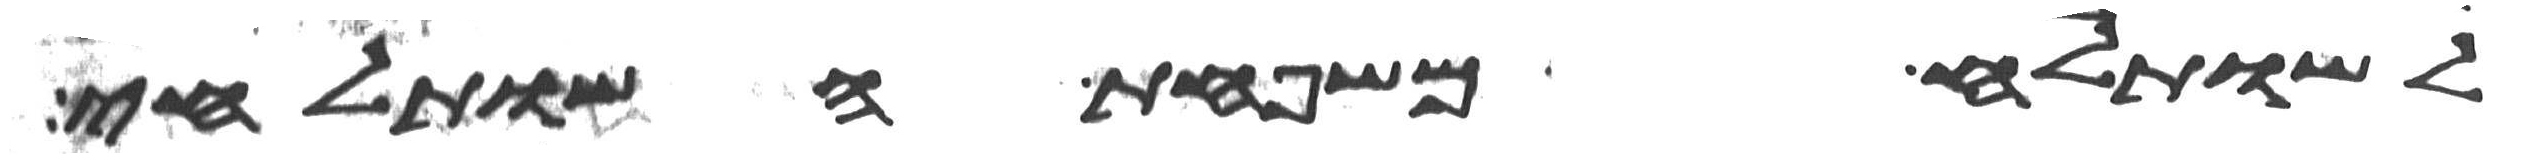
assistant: לשותלח משפחת השותלחי